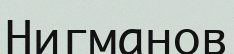
Нигманов